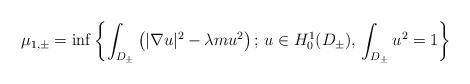
LaTeX: \begin{align*}\mu_{1,\pm} = \inf\left\{ \int_{D_{\pm}} \left( |\nabla u|^2 - \lambda m u^2 \right) ; \, u \in H^1_0(D_{\pm}), \, \int_{D_\pm} u^2 = 1 \right\}\end{align*}